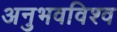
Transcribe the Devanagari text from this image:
अनुभवविश्‍व